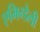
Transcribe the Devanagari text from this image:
एमिग्डैली